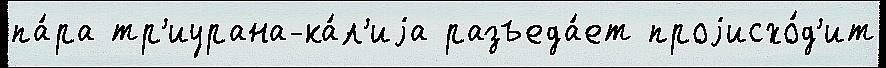
па́ра тр'иурана-ка́л'иjа разъеда́ет проjисхо́д'ит